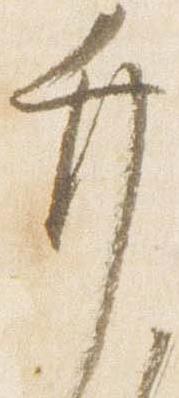
弁